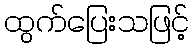
ထွက်ပြေးသဖြင့်